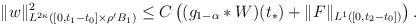
LaTeX: \begin{align*}\|w\|_{L^{2\kappa}([0,t_{1}-t_{0}]\times\rho'B_{1})}^{2} \leq C\left( (g_{1-\alpha}*W)(t_{*}) + \|F\|_{L^{1}([0,t_{2}-t_{0}])} \right).\end{align*}